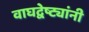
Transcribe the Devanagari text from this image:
वाघद्वेष्ट्यांनी